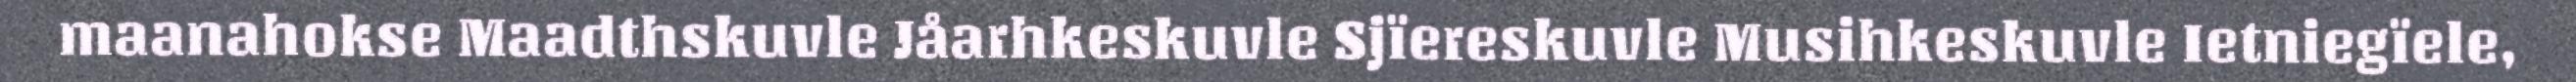
maanahokse Maadthskuvle Jåarhkeskuvle Sjïereskuvle Musihkeskuvle Ietniegïele,